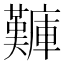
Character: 𪪫